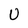
Character: U